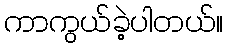
ကာကွယ်ခဲ့ပါတယ်။